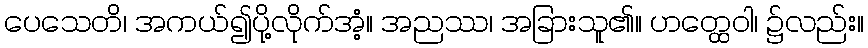
ပေသေတိ၊ အကယ်၍ပို့လိုက်အံ့။ အညဿ၊ အခြားသူ၏။ ဟတ္ထေဝါ၊ ၌လည်း။